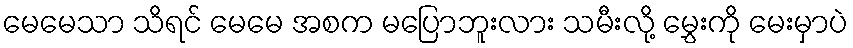
မေမေသာ သိရင် မေမေ အစက မပြောဘူးလား သမီးလို့ မွှေးကို မေးမှာပဲ